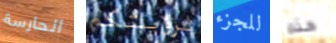
الحارسة لرؤيتكم للجزء هذه